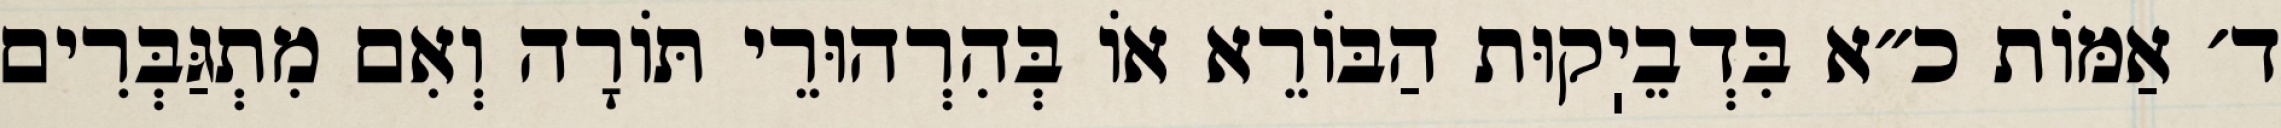
ד׳ אַמּוֹת כ״א בִּדְבֵיֽקוּת הַבּוֹרֵא אוֹ בְּהִרְהוּרֵי תּוֹרָה וְאִם מִתְגַּבְּרִים